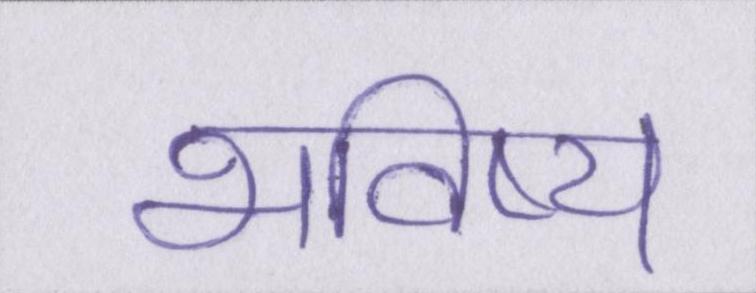
भविष्य